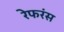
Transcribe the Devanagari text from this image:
रेफरंस